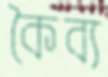
কৈব্য